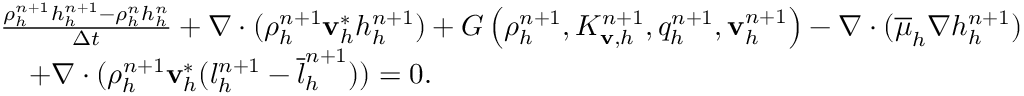
\begin{array} { r l } & { \frac { \rho _ { h } ^ { n + 1 } h _ { h } ^ { n + 1 } - \rho _ { h } ^ { n } h _ { h } ^ { n } } { \Delta t } + \nabla \cdot ( \rho _ { h } ^ { n + 1 } \mathbf v _ { h } ^ { * } h _ { h } ^ { n + 1 } ) + G \left( \rho _ { h } ^ { n + 1 } , K _ { \mathbf v , h } ^ { n + 1 } , q _ { h } ^ { n + 1 } , \mathbf v _ { h } ^ { n + 1 } \right) - \nabla \cdot ( \overline { { \mu } } _ { h } \nabla { h } _ { h } ^ { n + 1 } ) } \\ & { \quad + \nabla \cdot ( \rho _ { h } ^ { n + 1 } \mathbf v _ { h } ^ { * } ( l _ { h } ^ { n + 1 } - \overline { { l } } _ { h } ^ { n + 1 } ) ) = 0 . } \end{array}